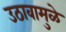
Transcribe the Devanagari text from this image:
उठावामुळे